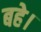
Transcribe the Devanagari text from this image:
बहे।